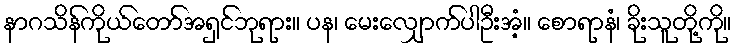
နာဂသိန်ကိုယ်တော်အရှင်ဘုရား။ ပန၊ မေးလျှောက်ပါဦးအံ့။ စောရာနံ၊ ခိုးသူတို့ကို။